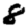
Digit: 8